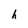
Character: h